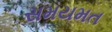
સમયમત